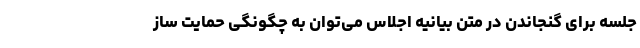
جلسه برای گنجاندن در متن بیانیه اجلاس می‌توان به چگونگی حمایت ساز